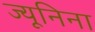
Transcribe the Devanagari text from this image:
ज्यूनिना